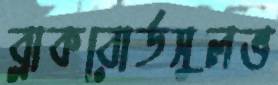
ব্লাকবোর্ডসুলভ